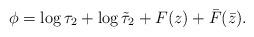
LaTeX: \begin{align*}\phi= \log\tau_2 +\log\tilde{\tau}_2 + F(z) + \bar{F}(\bar{z}) .\end{align*}